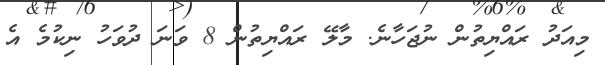
މިއަދު ރައްޔިތުން ނުޖަހާނެ. މާލޭ ރައްޔިތުން 8 ވަނަ ދުވަހު ނިކުމެ އެ